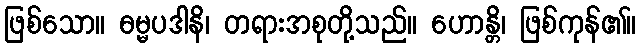
ဖြစ်သော။ ဓမ္မပဒါနိ၊ တရားအစုတို့သည်။ ဟောန္တိ၊ ဖြစ်ကုန်၏။